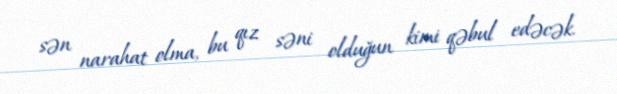
sən narahat olma, bu qız səni olduğun kimi qəbul edəcək.